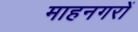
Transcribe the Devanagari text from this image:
माहनगरों